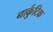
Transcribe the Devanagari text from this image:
नार्कुटिक